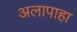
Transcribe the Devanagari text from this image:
अलापाहा